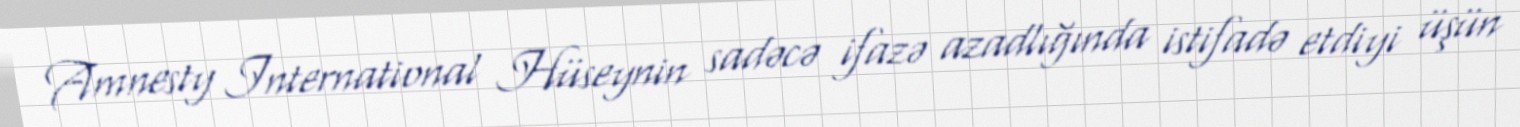
Amnesty International Hüseynin sadəcə ifazə azadlığında istifadə etdiyi üşün